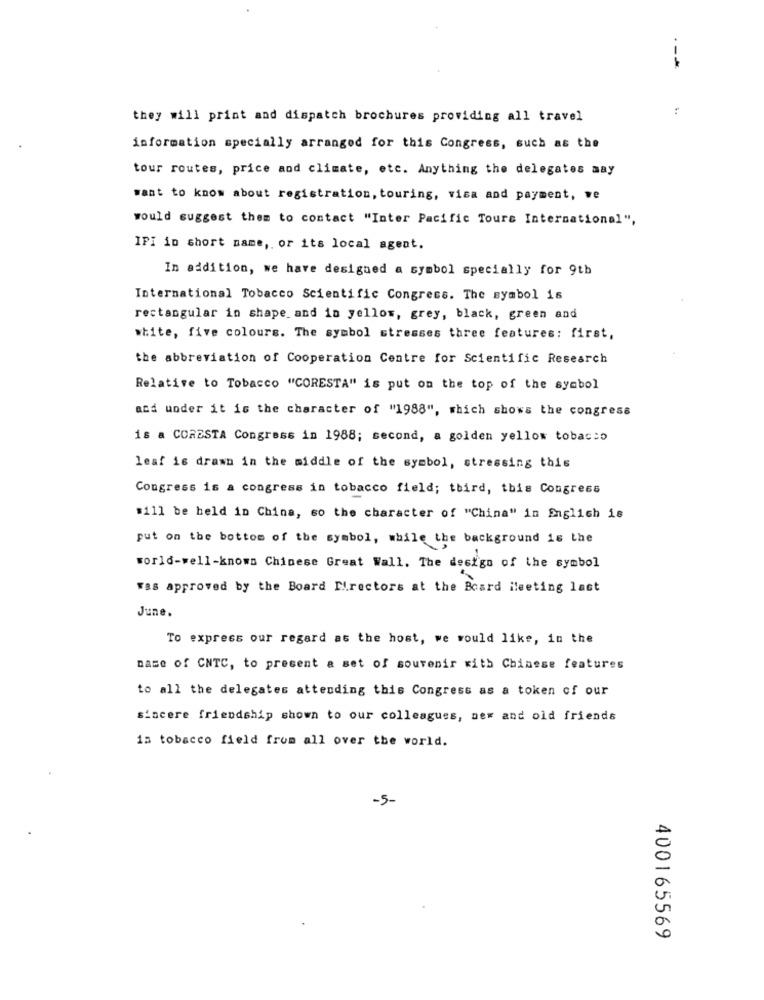
:
they will print and dispatch brochures providing all travel
information specially arranged for this Congress, such as the
tour routes, price and climate, etc. Anything the delegates may
want to know about registration, touring, visa and payment, we
would suggest them to contact "Inter Pacific Tours International",
IPI in short name ,, or its local agent.
In addition, we have designed a symbol specially for 9th
International Tobacco Scientific Congress. The symbol is
rectangular in shape and in yellow, grey, black, green and
white, five colours. The symbol stresses three features: first,
the abbreviation of Cooperation Centre for Scientific Research
Relative to Tobacco "CORESTA" is put on the top of the symbol
and under it is the character of "1988", which shows the congress
is a CORESTA Congress in 1988; second, a golden yellow tobacco
leaf is drawn in the middle of the symbol, stressing this
Congress is a congress in tobacco field; third, this Congress
#111 be held in China, so the character of "China" in English is
put on the bottom of the symbol, while the background is the
world-well-known Chinese Great Wall. The design of the symbol
was approved by the Board Directors at the Board ileeting last
June.
To express our regard as the host, we would like, in the
name of CNTC, to present a set of souvenir with Chinese features
to all the delegates attending this Congress as a token of our
sincere friendship shown to our colleagues, new and old friends
is tobacco field from all over the world.
-5-
400165569